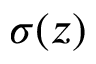
\sigma ( z )